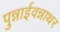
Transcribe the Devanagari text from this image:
पुन्नाईवन्नाथर